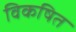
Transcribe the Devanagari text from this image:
विकषित